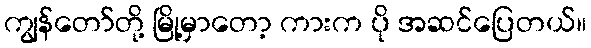
ကျွန်တော်တို့ မြို့မှာတော့ ကားက ပို အဆင်ပြေတယ်။